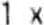
1 X